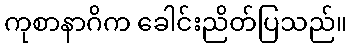
ကုစာနာဂိက ခေါင်းညိတ်ပြသည်။